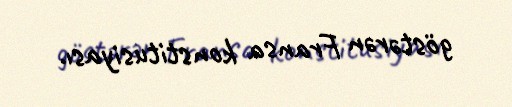
göstərən Fransa konstitusiyası.